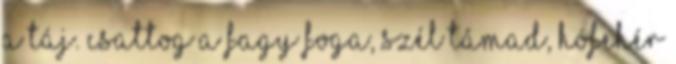
a táj. Csattog a fagy foga, szél támad, hófehér